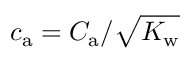
{ c _ { \mathrm { a } } = C _ { \mathrm { a } } / \sqrt { K _ { \mathrm { w } } } }